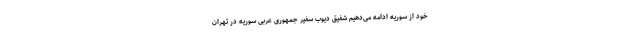
خود از سوریه ادامه می‌دهیم شفیق دیوب سفیر جمهوری عربی سوریه در تهران